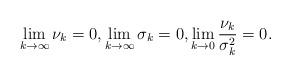
LaTeX: \begin{align*}\lim_{k \to \infty} \nu_k = 0, \lim_{k \to \infty} \sigma_k = 0, \lim_{k \to 0}\frac{\nu_k}{\sigma^2_k} = 0. \end{align*}